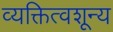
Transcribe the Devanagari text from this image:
व्यक्तित्वशून्य